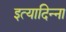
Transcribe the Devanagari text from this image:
इत्यादिन्ना